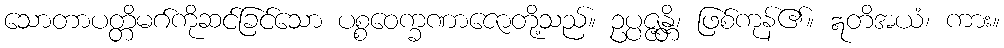
သောတာပတ္တိမဂ်ကိုဆင်ခြင်သော ပစ္စဝေက္ခဏာဇောတို့သည်။ ဥပ္ပဇ္ဇန္တိ၊ ဖြစ်ကုန်၏။ ဣတိအယံ၊ ကား။